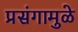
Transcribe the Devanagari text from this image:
प्रसंगामुळे